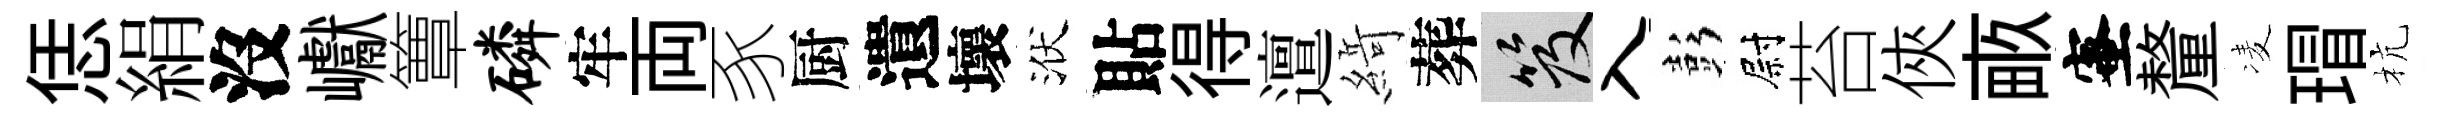
恁絹沒巘簟磷牢両豕厨遺壞洑貼得邅𦂶葬笈入彭尉苔俠畞蜜釐凌瑁杭